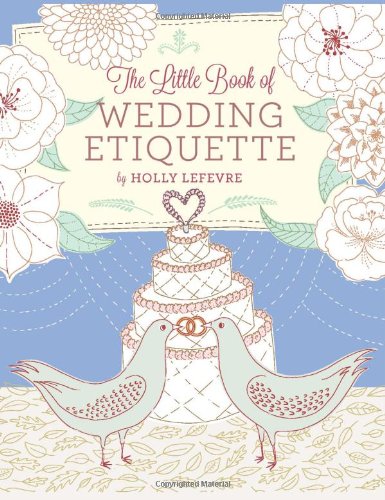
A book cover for The Little Book of Wedding Etiquette; Holly Lefevre; Crafts, Hobbies & Home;